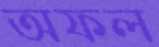
অফল